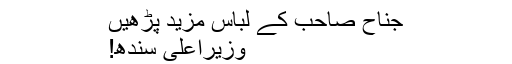
جناح صاحب کے لباس مزید پڑھیں
وزیراعلیٰ سندھ!